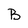
Character: B